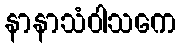
နာနာသံဝါသကေ